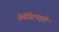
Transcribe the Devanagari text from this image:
नेमेस्ट्रिमाइडी